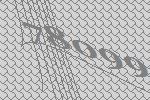
78099